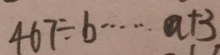
4 6 7 \div b \cdots a + 3